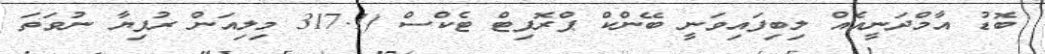
ބޮޑު އާމްދަނީއެއް ލިބިފައިވަނީ ބޭންކް ޕްރޮފިޓް ޓެކްސް (317.1 މިލިއަން ރުފިޔާ ނުވަތަ